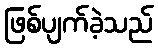
ဖြစ်ပျက်ခဲ့သည်